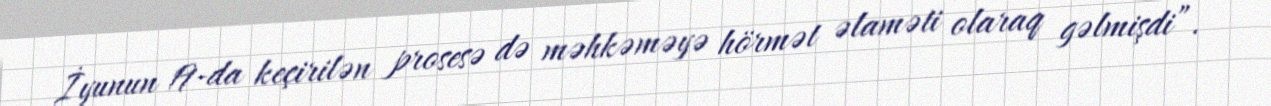
İyunun 19-da keçirilən prosesə də məhkəməyə hörmət əlaməti olaraq gəlmişdi”.